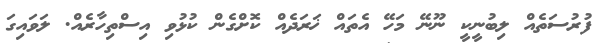
ފުރުސަތެއް ލިބުނީކީ ނޫނޭ މަހޭ އެތައް ޚަރަދެއް ކޮށްގެން ކުޅުވި އިސްތިހާރެއް. ލަވައިގަ